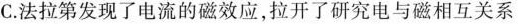
C.法拉第发现了电流的磁效应，拉开了研究电与磁相互关系